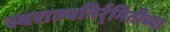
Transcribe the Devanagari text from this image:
स्वराज्यनिर्र्मितीच्या